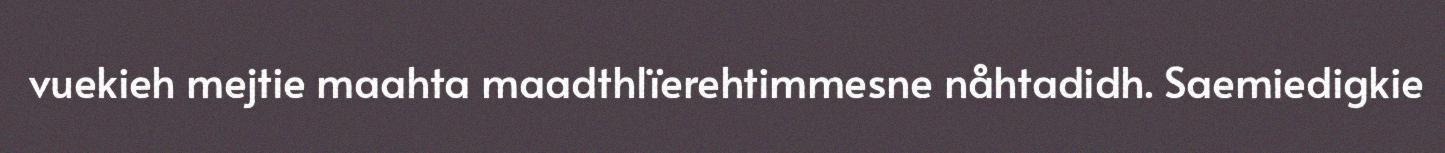
vuekieh mejtie maahta maadthlïerehtimmesne nåhtadidh. Saemiedigkie